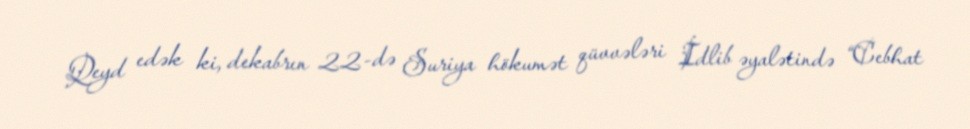
Qeyd edək ki, dekabrın 22-də Suriya hökumət qüvvələri İdlib əyalətində “Cebhat